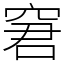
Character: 窘